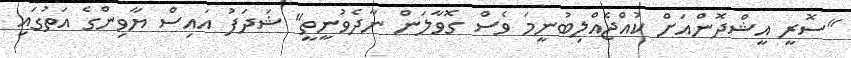
"ސޮރީ އީޝްދޮންއަށް ކުއްޖެއްލިބުނީމަ ވެސް ގޮވާލަން ނާދެވުނީތީ" ޝަދަފު އައިސް ޔާވިންގެ އަތުގައި